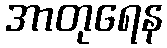
အာတုရေန